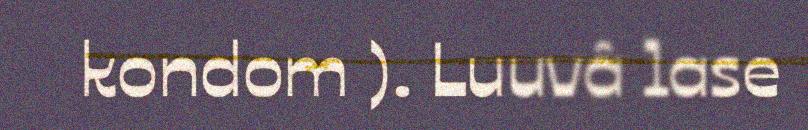
kondom ). Luuvâ lase